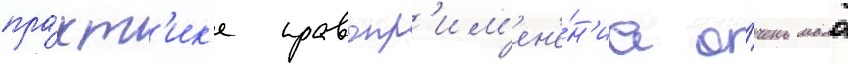
пра́кт'ик'е правопр'им'ен'е́н'иа о́чень мало